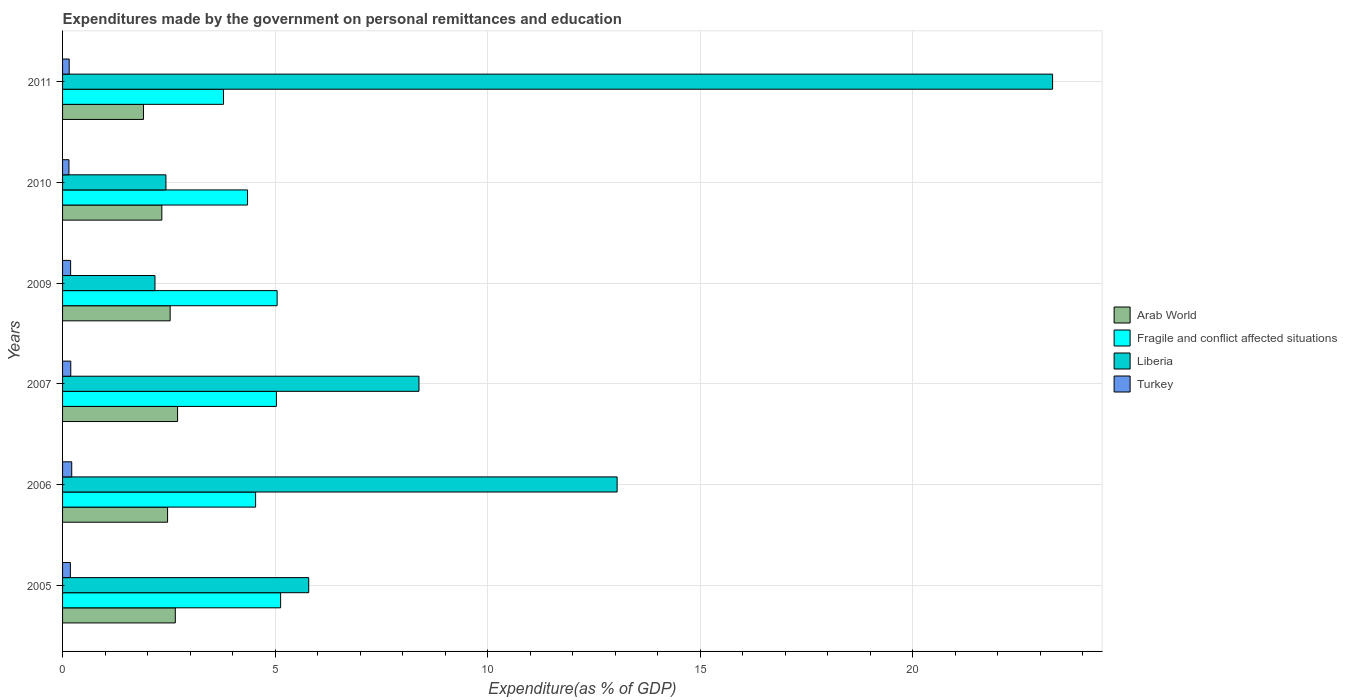
| Years | Arab World | Fragile and conflict affected situations | Liberia | Turkey |
 | --- | --- | --- | --- | --- |
 | 2005 | 2.65 | 5.13 | 5.79 | 0.184 |
 | 2006 | 2.47 | 4.54 | 13 | 0.216 |
 | 2007 | 2.71 | 5.03 | 8.39 | 0.193 |
 | 2009 | 2.53 | 5.05 | 2.17 | 0.19 |
 | 2010 | 2.34 | 4.35 | 2.43 | 0.15 |
 | 2011 | 1.9 | 3.79 | 23.3 | 0.156 |